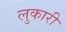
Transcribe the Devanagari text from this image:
लुकारी